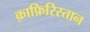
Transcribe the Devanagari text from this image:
क़ाफ़िरिस्तान